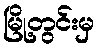
မြို့တွင်းမှ